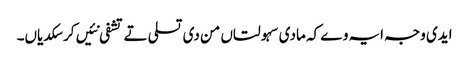
ایدی وجہ ایہ وے کہ مادی سہولتاں من دی تسلی تے تشفی نئیں کر سکدیاں۔